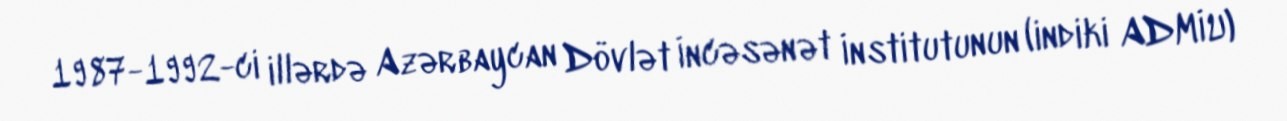
1987-1992-ci illərdə Azərbaycan Dövlət İncəsənət İnstitutunun (indiki ADMİU)